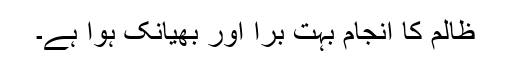
ظالم کا انجام بہت برا اور بھیانک ہوا ہے۔